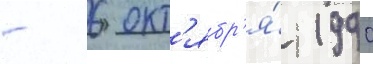
- 6 окт'ябр'я́ 1990